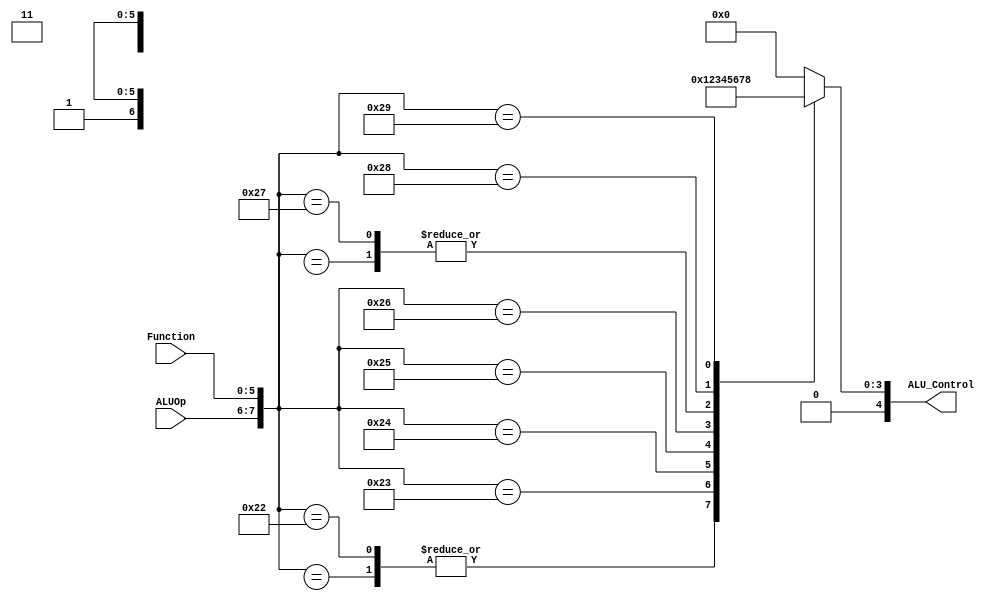
module ALUControl(input [1:0] ALUOp, 
			input [5:0] Function,  // opcode
			output reg [4:0] ALU_Control
			);
  
    always @({ALUOp, Function}) 
        case ({ALUOp, Function})  
            8'b10xxxxxx: ALU_Control=5'b00000;  //Add lw,sw
            8'b01xxxxxx: ALU_Control=5'b00001;  //sub beq, bne
            8'b11xxxxxx: ALU_Control=5'b00110;  // SLTI (shift left immediate - I type)
            8'b00100000: ALU_Control=5'b00000;  // Add
            8'b00100010: ALU_Control=5'b00001;  // Sub
            8'b00100011: ALU_Control=5'b00010;  // And
            8'b00100100: ALU_Control=5'b00011;  // Or
            8'b00100101: ALU_Control=5'b00100;  // Xor
            8'b00100110: ALU_Control=5'b00101;  // Not 
            8'b00100111: ALU_Control=5'b00110;  // SLT
            8'b00101000: ALU_Control=5'b00111;  // LSL
            8'b00101001: ALU_Control=5'b01000;  // LSR
            
            default: ALU_Control=5'b00000;  
        endcase 
    
endmodule